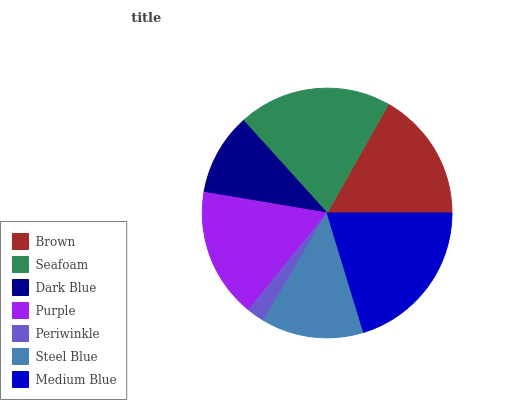
| Brown | Seafoam | Dark Blue | Purple | Periwinkle | Steel Blue | Medium Blue |
 | --- | --- | --- | --- | --- | --- | --- |
 | 16.9% | 19.9% | 10.6% | 16.9% | 2.35% | 13.2% | 20.2% |